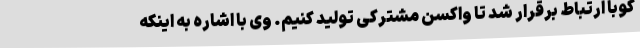
کوبا ارتباط برقرار شد تا واکسن مشترکی تولید کنیم. وی با اشاره به اینکه